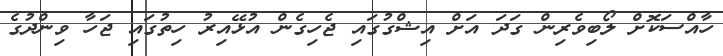
ހާއްސަކޮށް ލޯބިވެރިން ގަދަ އަށް އިޝްގުގައި ޖެހިގެން އުޅޭއިރު ހިތުގައި ޖަހާ ވިންދުގެ